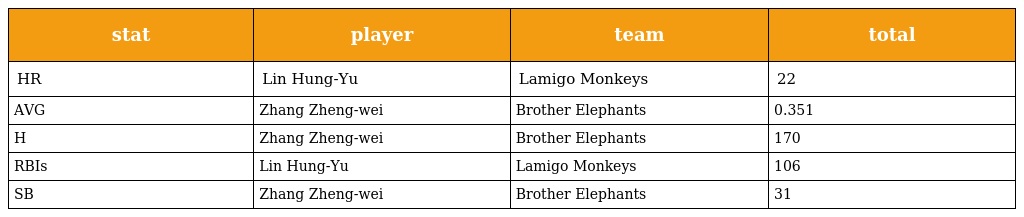
| stat | player | team | total |
 | --- | --- | --- | --- |
 | HR | Lin Hung-Yu | Lamigo Monkeys | 22 |
 | AVG | Zhang Zheng-wei | Brother Elephants | 0.351 |
 | H | Zhang Zheng-wei | Brother Elephants | 170 |
 | RBIs | Lin Hung-Yu | Lamigo Monkeys | 106 |
 | SB | Zhang Zheng-wei | Brother Elephants | 31 |